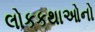
લોકકથાઓનો